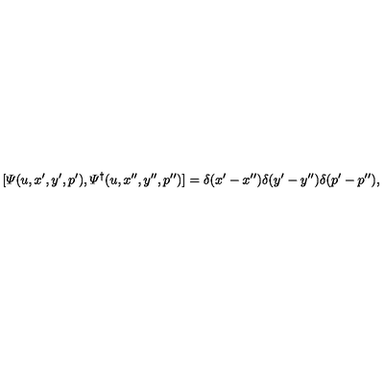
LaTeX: [ { \mit \Psi } ( u , x ^ { \prime } , y ^ { \prime } , p ^ { \prime } ) , { \mit \Psi } ^ { \dagger } ( u , x ^ { \prime \prime } , y ^ { \prime \prime } , p ^ { \prime \prime } ) ] = \delta ( x ^ { \prime } - x ^ { \prime \prime } ) \delta ( y ^ { \prime } - y ^ { \prime \prime } ) \delta ( p ^ { \prime } - p ^ { \prime \prime } ) ,